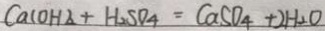
C a ( O H ) _ { 2 } + H _ { 2 } S O _ { 4 } = C a S O _ { 4 } + 2 H _ { 2 } O